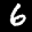
Label: 6